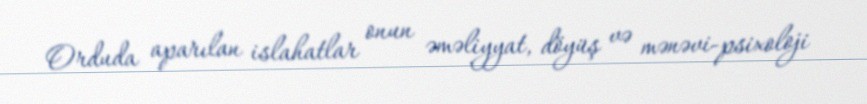
Orduda aparılan islahatlar onun əməliyyat, döyüş və mənəvi-psixoloji